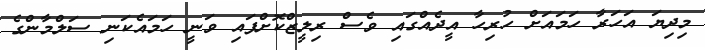
މިދިޔަ އަހަރާ ހަމައަށް ހުރިހާ އީދެއްގައި ވެސް ރިލީޒްކޮށްފައި ވަނީ ހަމައެކަނި ސަލްމާންގެ